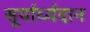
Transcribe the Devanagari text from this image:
सूर्यार्घ्यदान